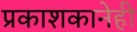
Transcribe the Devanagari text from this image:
प्रकाशकानेही